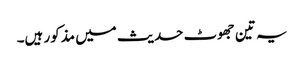
یہ تین جھوٹ حدیث میں مذکور ہیں۔